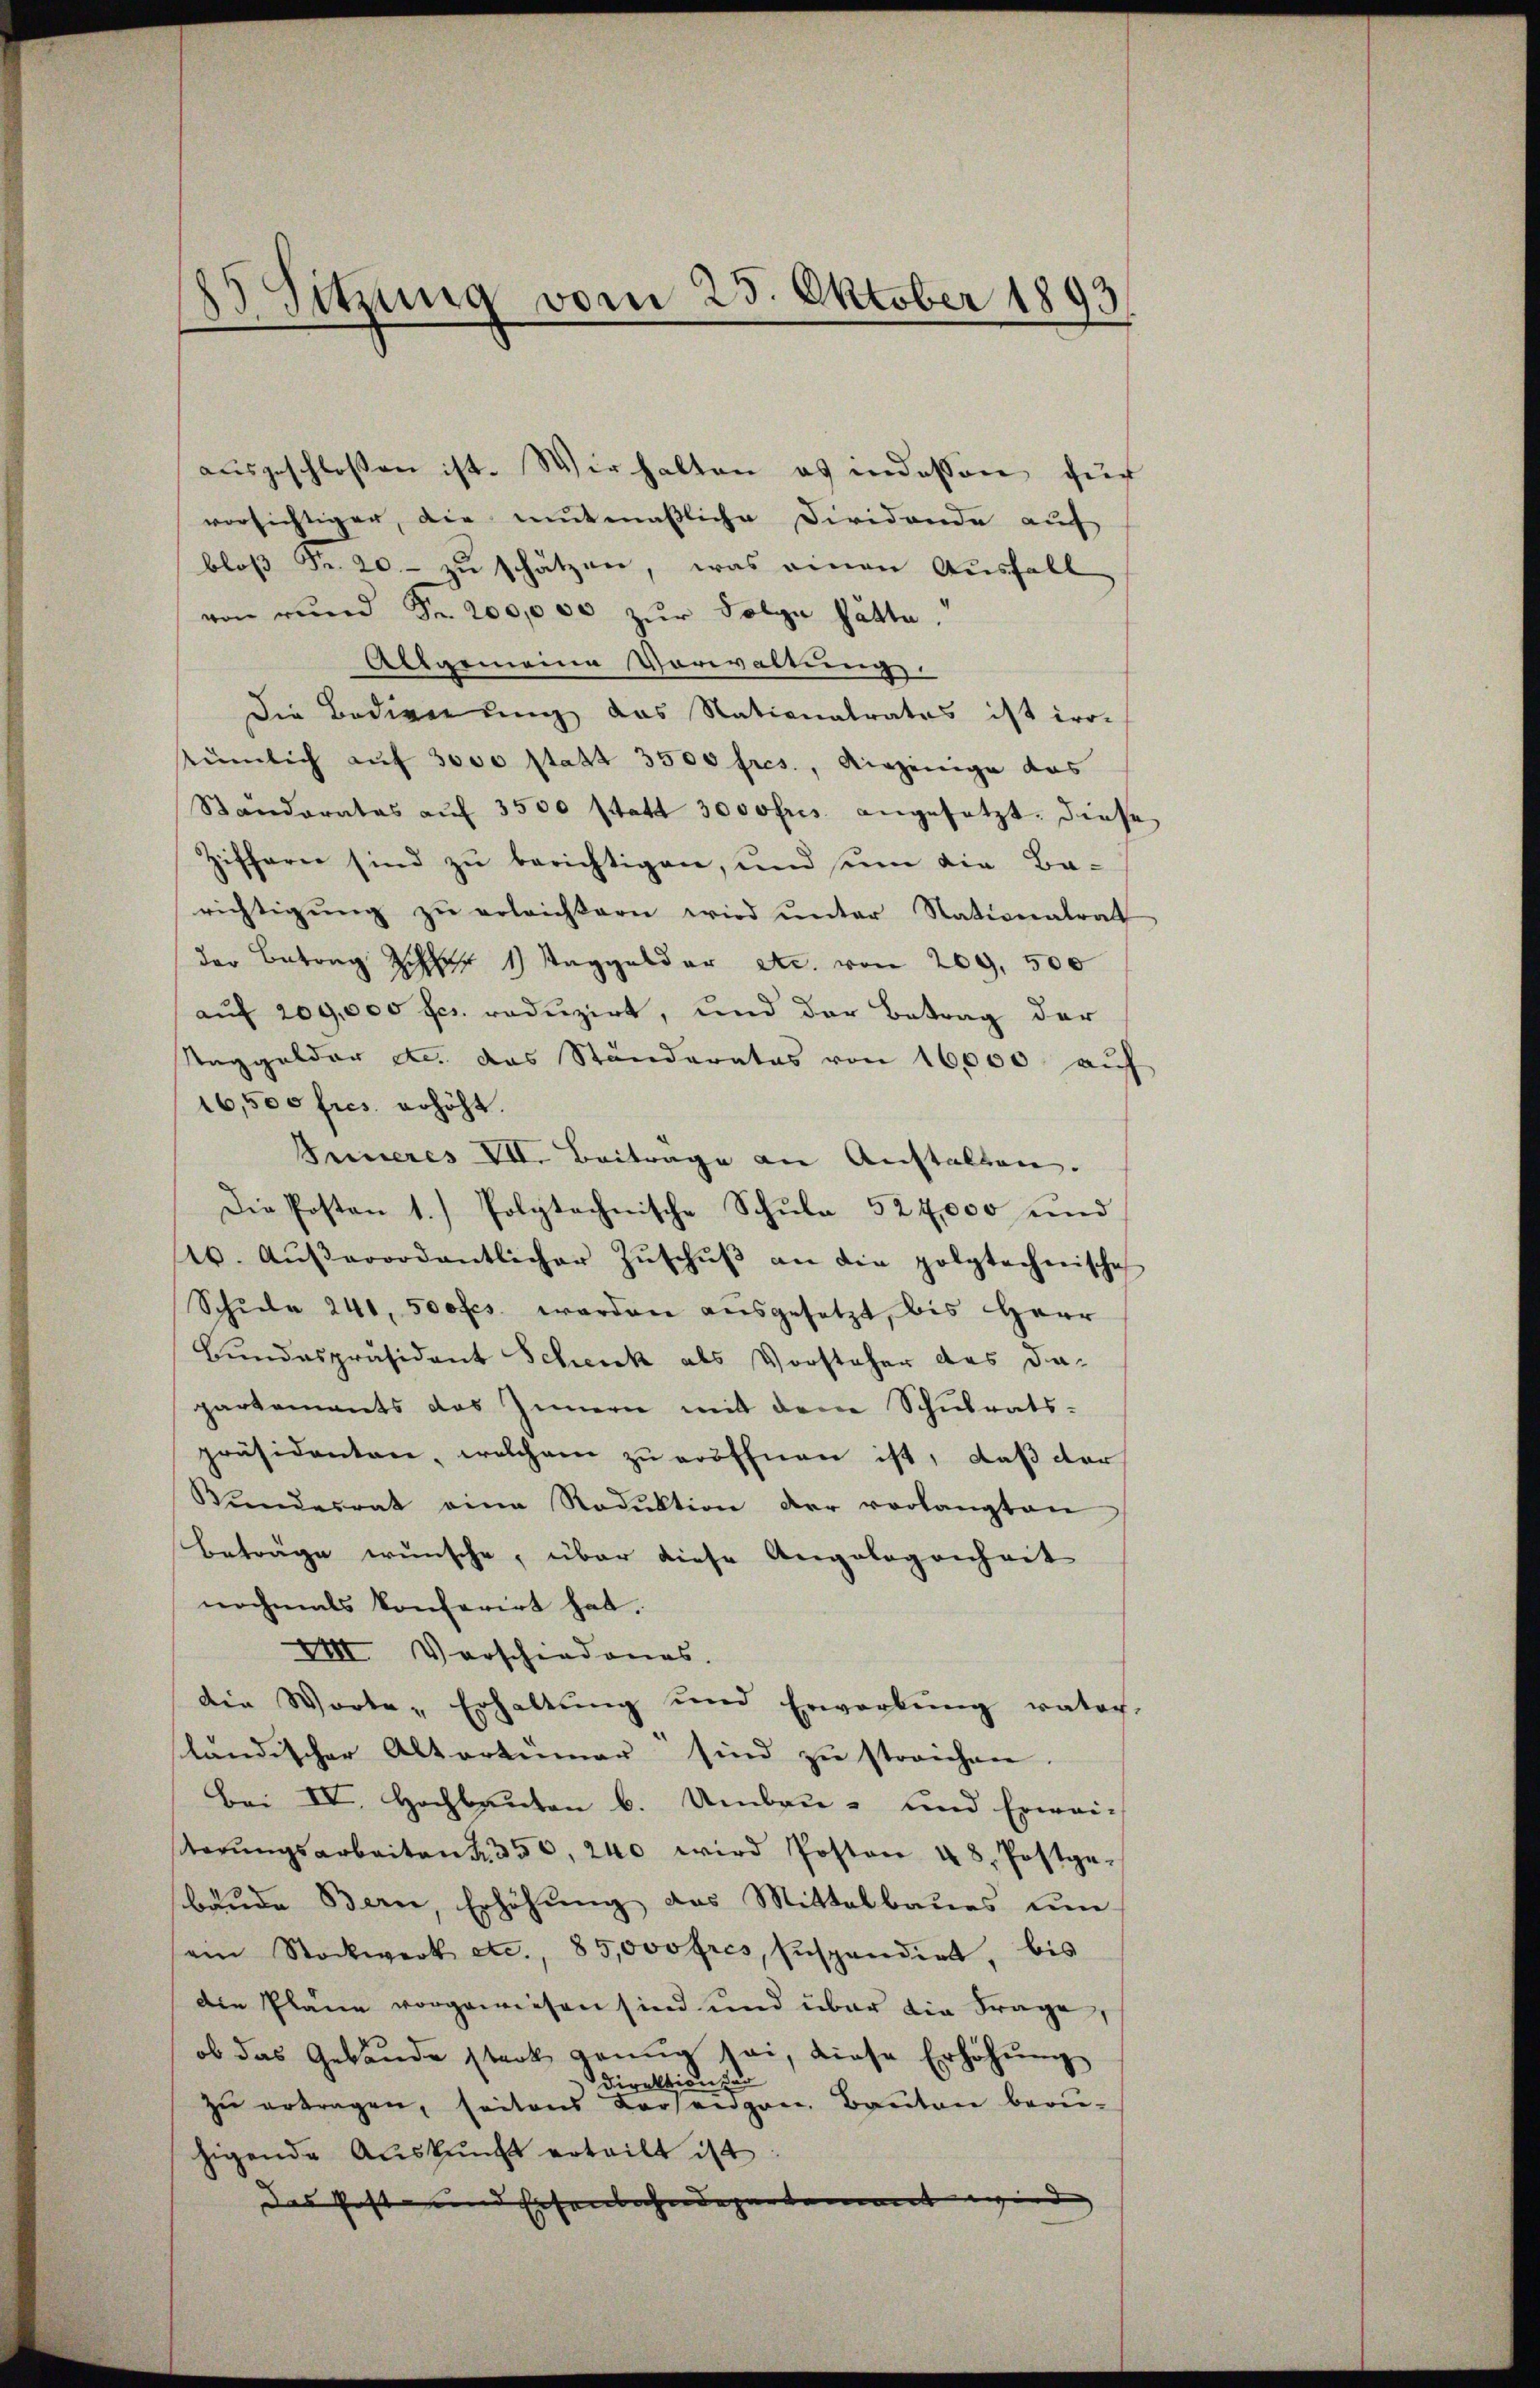
Sitzung vom 25. Oktober 1893
d

ausgeschlossen ist. Wir halten es indessen zur
vorsichtiger, die mutmaßliche Dividende auf
bloβ Fr. 20.- zŭ schätzen, was einen Ausfall
von rund Fr. 200,000 zŭr Folge hätte.
Allgemeine Vorwaltung.
Die Bedienung das Nationalrates ist iro-
stümlich auf 3000 statt 3500 fres., diejenige das
Standerates aŭf 3500 statt 3000 frs. angesetzt. Diese
Ziffern sind zu berichtigen, und seine die Barichtigŭng zŭ erleichtern wird ŭnter Nationalrat
der Betrag Z 1 Taggelder etc. von 209, 500
auf 209,000 fcr. reduzirt, und der Betrag der
Naggelder etc. das Ständerates von 16,000 auf
16,500 fres. erhöht.
Inneres VII. Beiträge an Anstalten.
Die Posten 1. Polytechnische Schula 524,000 und
1. Aŭβerordentlicher Zŭschŭβ an die polytechnische
Schŭle 241, 50ofes werden ausgesetzt, bis Herr
Bundespräsident Schenck als Vorsteher des da-
partements das Innern mit dem Schulrats-
präsidenten, welchem zu eröffnen ist, daß dar
Bŭndesrat eine Radŭktion der vorlangten
Beträge wünsche, über diese Angelegenheit
nochmals konferirt hat.
VIII Vorschiedenes.
die Worte „Erhaltŭng und Erwarbŭng ratoch-
sländischer Altortunar“ sind zu streichen.
Bei IV. Hochbauten b. Umbau- und Erwei-
erŭngsarbeiten 350, 240 wird Posten 48. Postgebände Bern, Erhöhung des Mittelbaues um
ein Stockwerk etc., 85,000 fres, suspendirt, bis
die Pläne vorgewiesen sind und über die Frage,
ob das Gebäude stark genug sei, diese Erhöhŭng
tion zur
die
zŭ ertragen, seitens derseigen. Baŭten beru-
zigende Auskunft erteilt ist
des Post und Eisenbahndepartement wird,